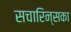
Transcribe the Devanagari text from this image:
सचारिन्सका